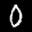
Label: 0